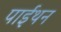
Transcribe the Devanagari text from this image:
पाईथन